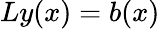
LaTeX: Ly(x)=b(x)